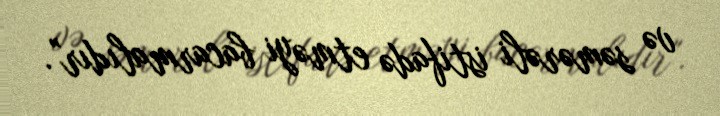
və səmərəli istifadə etməyi bacarmalıdır".